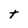
Character: t